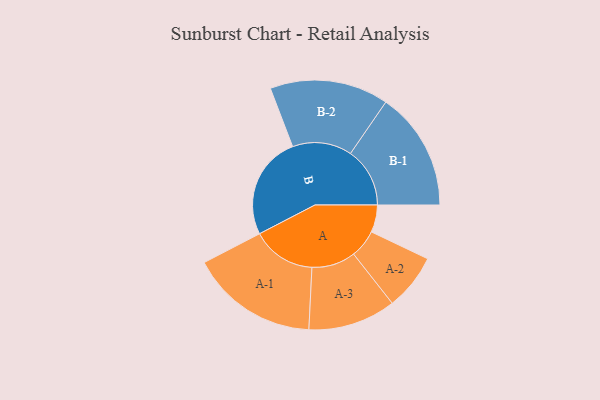
{"axis": {"x": "Segment", "y": "Value"}, "legend": ["", "A", "B"], "data": [{"x": "A", "y": 125, "type": ""}, {"x": "B", "y": 473, "type": ""}, {"x": "A-1", "y": 293, "type": "A"}, {"x": "A-2", "y": 129, "type": "A"}, {"x": "A-3", "y": 201, "type": "A"}, {"x": "B-1", "y": 272, "type": "B"}, {"x": "B-2", "y": 272, "type": "B"}]}